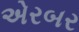
એરબર